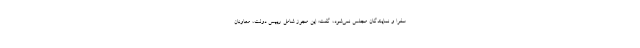
سفرا و نمایندگان مجلس نمی‌شود، گفت: این مجوز شامل رییس دولت، معاونان